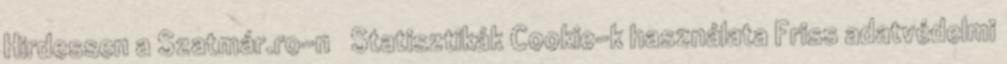
Hirdessen a Szatmár.ro-n Statisztikák Cookie-k használata Friss adatvédelmi